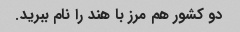
دو کشور هم مرز با هند را نام ببرید.